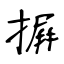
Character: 摒